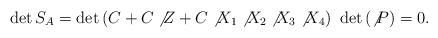
LaTeX: \begin{align*}\det S_A=\det \left( C+C\not{Z}+C\not{X}_1\not{X}_2\not{X}_3\not{X}_4\right)\,\,\det \left( \not{P}\right) =0.\end{align*}